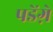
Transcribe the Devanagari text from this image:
पडेंग़े